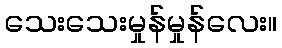
သေးသေးမှုန်မှုန်လေး။